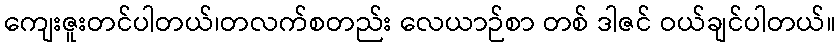
ကျေးဇူးတင်ပါတယ်၊တလက်စတည်း လေယာဉ်စာ တစ် ဒါဇင် ဝယ်ချင်ပါတယ်။